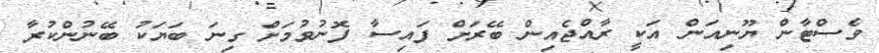
ވެސްޓާން ޔޫނިއަން އަކީ ރާއްޖެއިން ބޭރަށް ފައިސާ ފޮނުވުމަށް ގިނަ ބަޔަކު ބޭނުންކުރާ